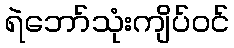
ရဲဘော်သုံးကျိပ်ဝင်